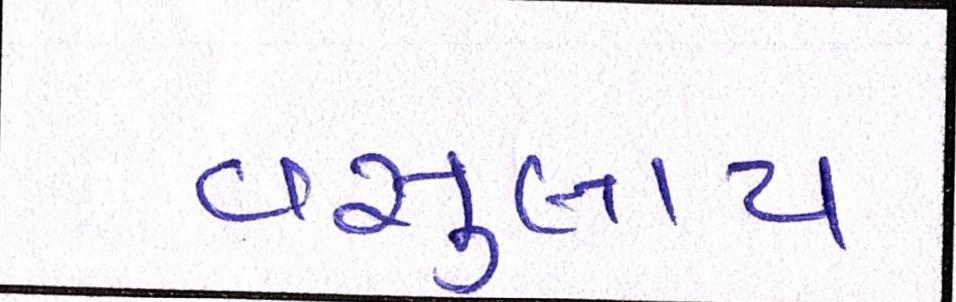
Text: વસુલાય